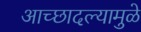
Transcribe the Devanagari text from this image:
आच्छादल्यामुळे